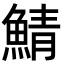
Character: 鯖